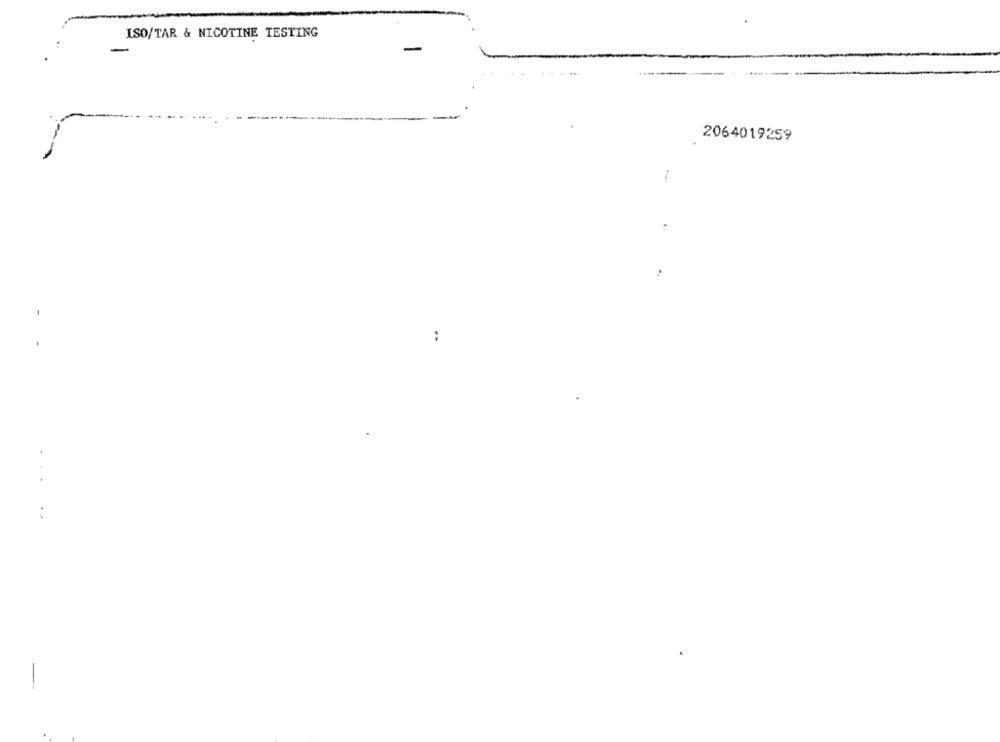
ISO/TAR & NICOTINE TESTING
-
2064019259